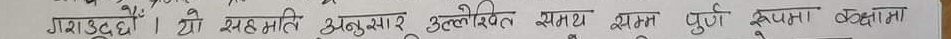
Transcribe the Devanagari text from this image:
गयो उद्‌द्यो। यो सहमति अनुसार उल्लेखित समय क्रम पूर्ण रूपमा बढ़ावा